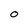
Character: O